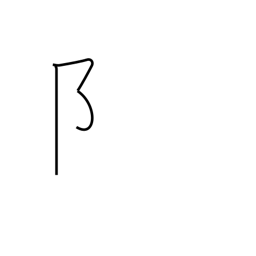
Meaning: left village radical - 2 stroke form (no. 170)